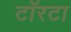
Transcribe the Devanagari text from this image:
टॉरटा